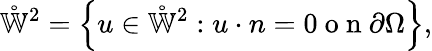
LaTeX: \mathring{\mathbb{W}}^{2}=\left\{ u\in\mathring{\mathbb{W}}^{2}:u\cdot n=0\mathrm{~o~n~}\partial\Omega\right\} ,